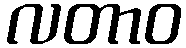
လတာဝ